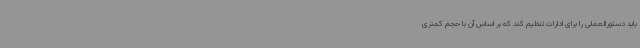
باید دستورالعملی را برای ادارات تنظیم کند که بر اساس آن با حجم کمتری